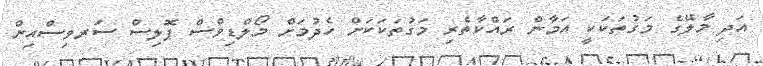
އަދި މާލޭގެ މަގުތަކަކީ އަމާން ރައްކާތެރި މަގުތަކަކަށް ހެދުމަށް މޯލްޑިވްސް ޕޮލިސް ސަރވިސްއިން